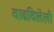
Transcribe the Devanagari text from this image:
वाढविलेली